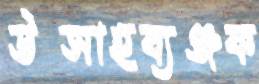
উত্সাহব্যঞ্জক